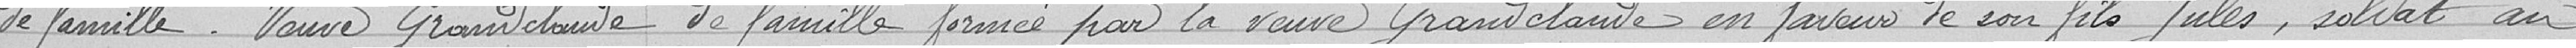
de famille . Veuve Grandclaude. de famille formé par a veuve Grandclaude en faveur de son fils Jules, soldat au